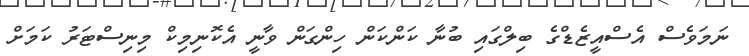
ނަމަވެސް އެސްއީޒެޑްގެ ބިލްގައި ބުނާ ކަންކަން ހިންގަން ވާނީ އެކޮނިމިކް މިނިސްޓަރު ކަމަށް